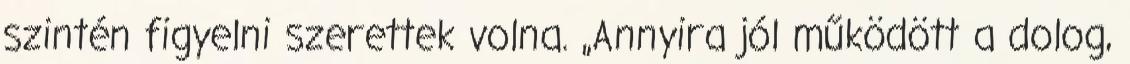
szintén figyelni szerettek volna. „Annyira jól működött a dolog,